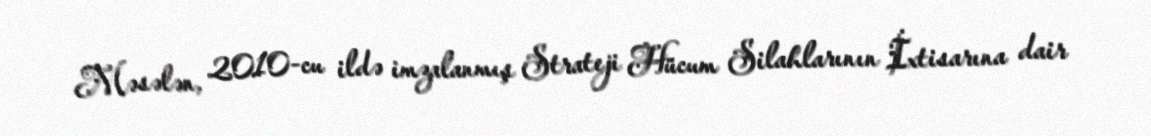
Məsələn, 2010-cu ildə imzalanmış Strateji Hücum Silahlarının İxtisarına dair